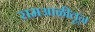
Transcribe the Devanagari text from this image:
रामआळीतून